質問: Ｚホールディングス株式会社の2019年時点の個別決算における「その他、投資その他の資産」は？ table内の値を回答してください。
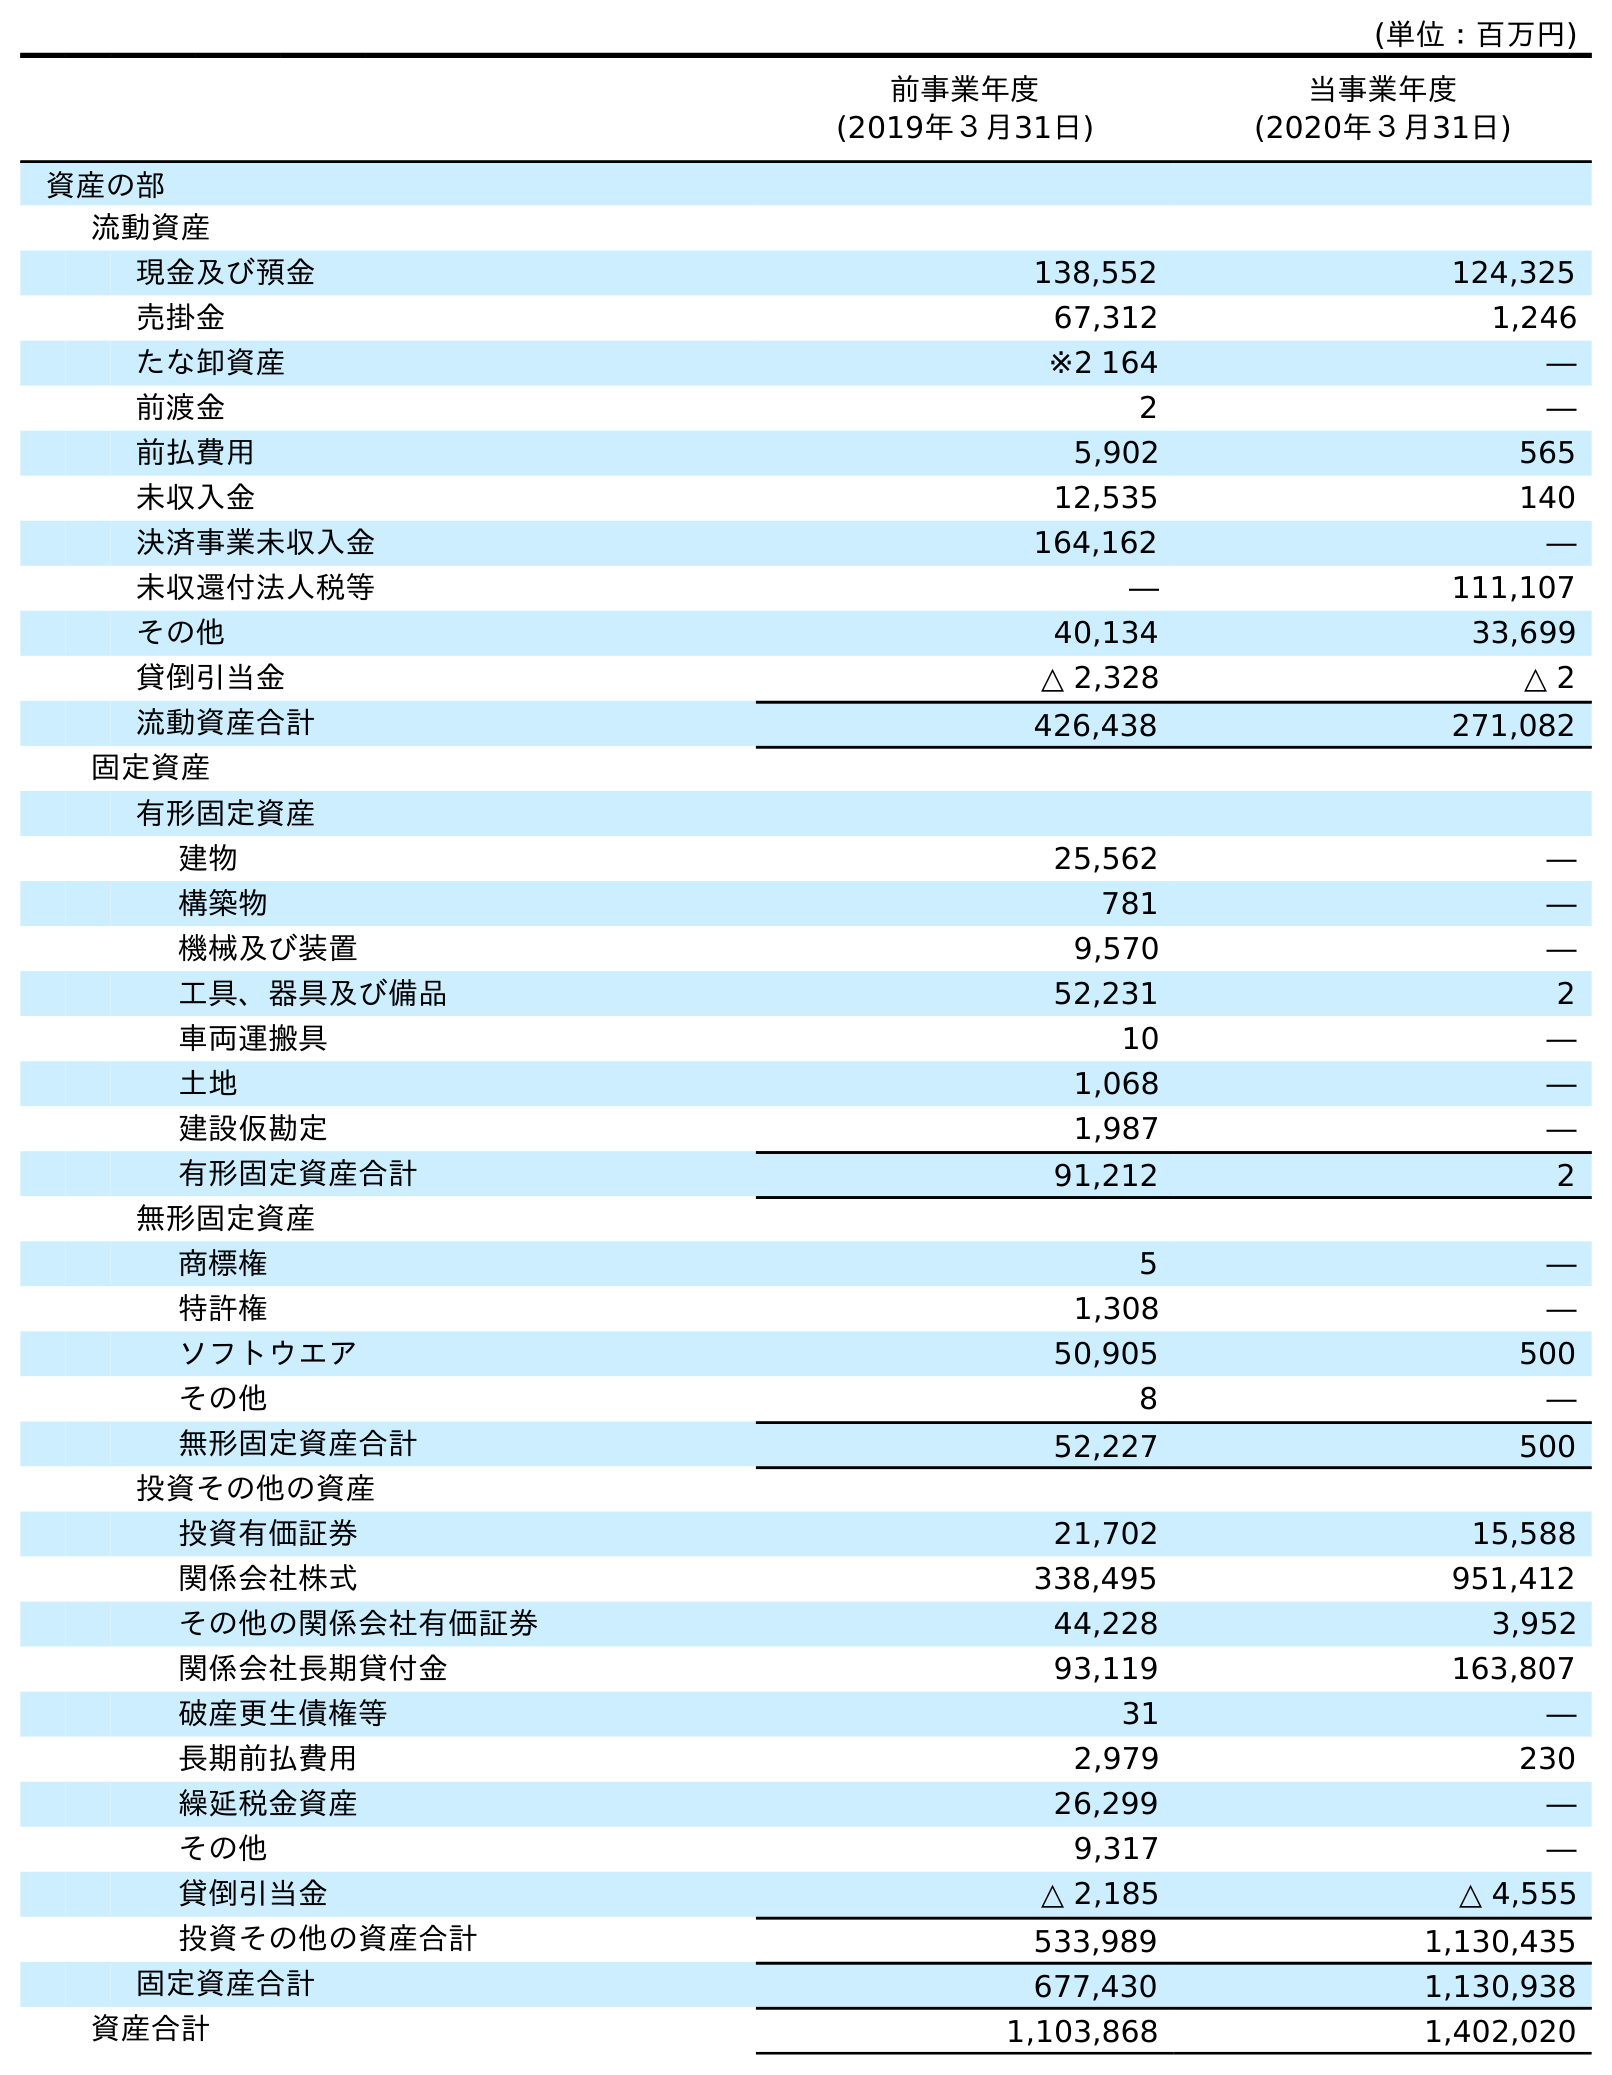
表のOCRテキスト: (単位：百万円) 前事業年度 (2019年３月31日) 当事業年度 (2020年３月31日) 資産の部 流動資産 現金及び預金 138,552 124,325 売掛金 67,312 1,246 たな卸資産 ※2 164 ― 前渡金 2 ― 前払費用 5,902 565 未収入金 12,535 140 決済事業未収入金 164,162 ― 未収還付法人税等 ― 111,107 その他 40,134 33,699 貸倒引当金 △ 2,328 △ 2 流動資産合計 426,438 271,082 固定資産 有形固定資産 建物 25,562 ― 構築物 781 ― 機械及び装置 9,570 ― 工具、器具及び備品 52,231 2 車両運搬具 10 ― 土地 1,068 ― 建設仮勘定 1,987 ― 有形固定資産合計 91,212 2 無形固定資産 商標権 5 ― 特許権 1,308 ― ソフトウエア 50,905 500 その他 8 ― 無形固定資産合計 52,227 500 投資その他の資産 投資有価証券 21,702 15,588 関係会社株式 338,495 951,412 その他の関係会社有価証券 44,228 3,952 関係会社長期貸付金 93,119 163,807 破産更生債権等 31 ― 長期前払費用 2,979 230 繰延税金資産 26,299 ― その他 9,317 ― 貸倒引当金 △ 2,185 △ 4,555 投資その他の資産合計 533,989 1,130,435 固定資産合計 677,430 1,130,938 資産合計 1,103,868 1,402,020
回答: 9,317